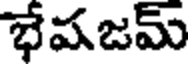
భేషజమ్